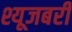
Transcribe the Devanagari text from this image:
श्यूजबरी